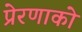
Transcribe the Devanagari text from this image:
प्रेरणाको